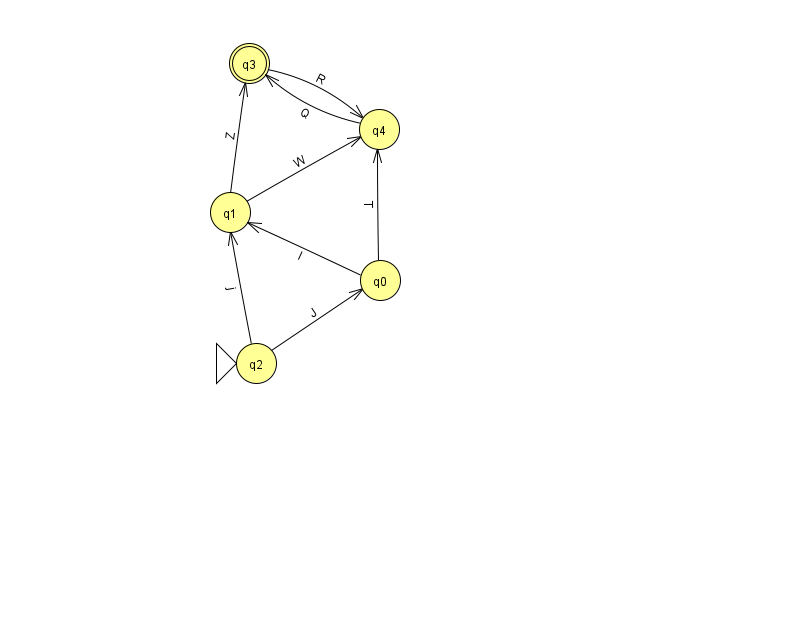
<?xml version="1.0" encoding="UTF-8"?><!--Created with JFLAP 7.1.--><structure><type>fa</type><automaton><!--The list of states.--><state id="0" name="q0"><x>380.0</x><y>267.0</y></state><state id="1" name="q1"><x>230.0</x><y>199.0</y></state><state id="2" name="q2"><x>256.0</x><y>350.0</y><initial/></state><state id="3" name="q3"><x>249.0</x><y>50.0</y><final/></state><state id="4" name="q4"><x>379.0</x><y>116.0</y></state><!--The list of transitions.--><transition><from>4</from><to>3</to><read>Q</read></transition><transition><from>0</from><to>4</to><read>T</read></transition><transition><from>1</from><to>3</to><read>Z</read></transition><transition><from>2</from><to>0</to><read>J</read></transition><transition><from>3</from><to>4</to><read>R</read></transition><transition><from>0</from><to>1</to><read>I</read></transition><transition><from>2</from><to>1</to><read>j</read></transition><transition><from>1</from><to>4</to><read>W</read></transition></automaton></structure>